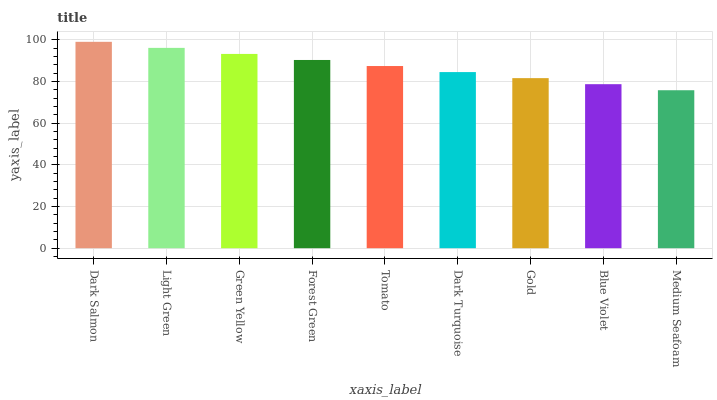
| xaxis_label | bars |
 | --- | --- |
 | Dark Salmon | 99 |
 | Light Green | 96.1 |
 | Green Yellow | 93.2 |
 | Forest Green | 90.3 |
 | Tomato | 87.4 |
 | Dark Turquoise | 84.5 |
 | Gold | 81.6 |
 | Blue Violet | 78.7 |
 | Medium Seafoam | 75.8 |